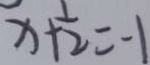
x + \frac { 1 } { 2 } = - 1